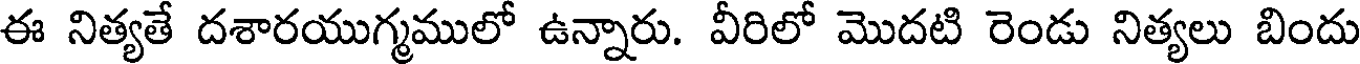
ఈ నిత్యతే దశారయుగ్మములో ఉన్నారు. వీరిలో మొదటి రెండు నిత్యలు బిందు